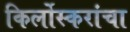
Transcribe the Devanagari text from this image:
किर्लोस्करांचा